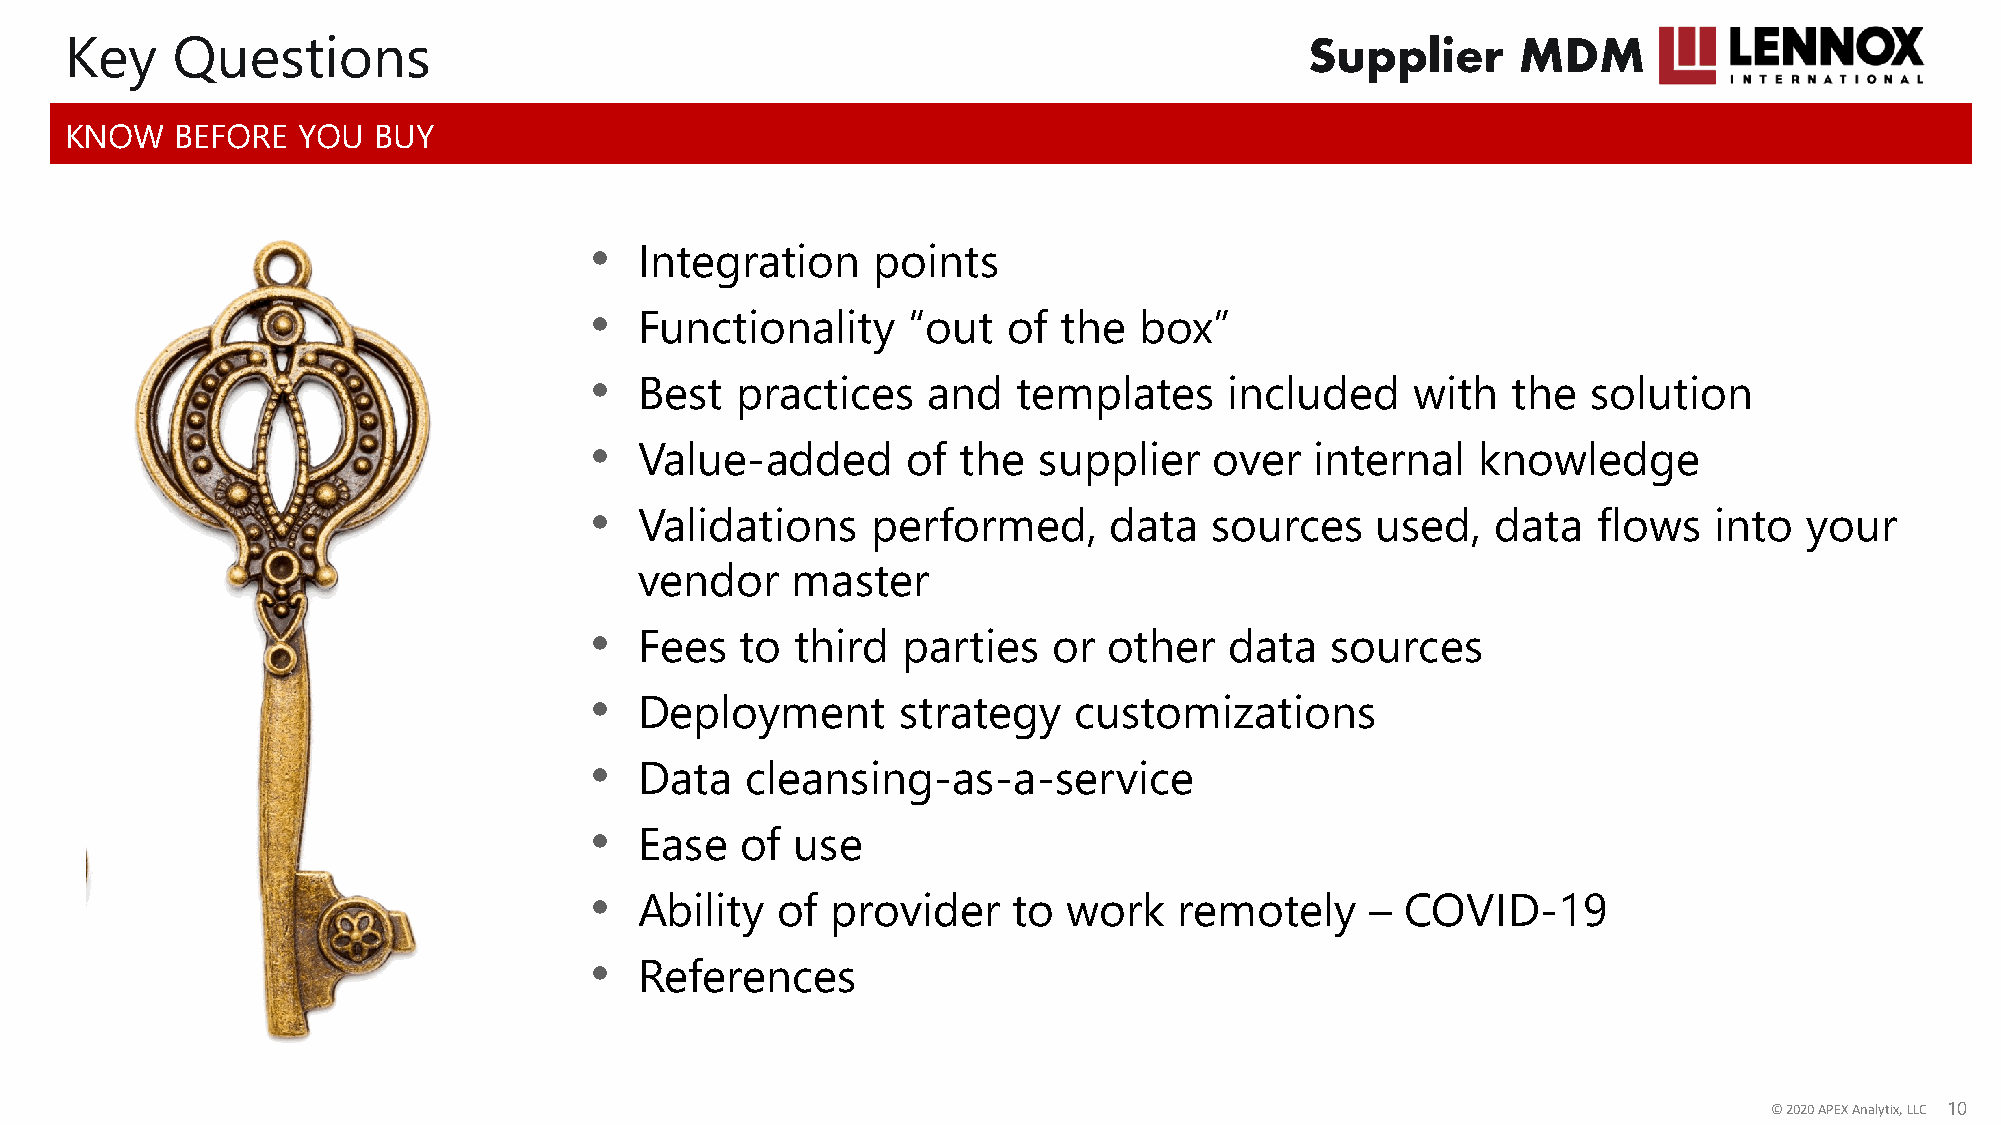
Supplier     MDM
 Key    Questions
 KNOW    BEFORE  YOU  BUY
 •
 Integration     points
 •
 Functionality     “out   of the  box”
 •
 Best   practices   and   templates     included     with  the  solution
 •
 Value-added       of  the  supplier   over   internal   knowledge
 •
 Validations     performed,     data   sources    used,   data   flows  into   your
 vendor    master
 •
 Fees   to  third  parties   or other   data   sources
 •
 Deployment       strategy    customizations
 •
 Data   cleansing-as-a-service
 •
 Ease   of  use
 •
 Ability  of  provider    to  work   remotely     – COVID-19
 •
 References
 ©© 22002200 AAPPEEXX AAnnaallyyttiixx,, LLLLCC 1100